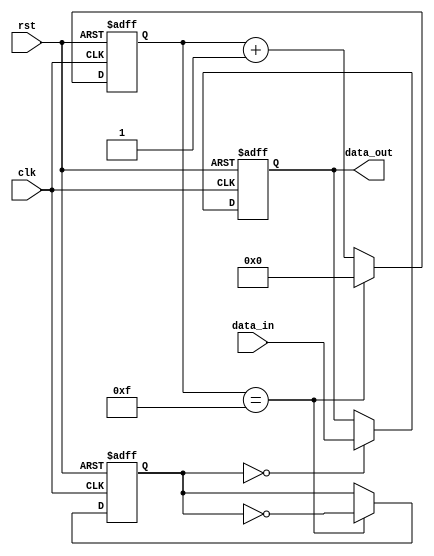
module bus_controller (
    input wire clk,
    input wire rst,
    input wire data_in,
    output reg data_out
);

reg [3:0] count;
reg [1:0] sync_signal;

always @ (posedge clk or posedge rst) begin
    if (rst) begin
        count <= 4'b0000;
        sync_signal <= 2'b00;
    end else begin
        count <= count + 1;
        if (count == 4'b1111) begin
            sync_signal <= ~sync_signal;
            count <= 4'b0000;
        end
    end
end

always @ (posedge clk or posedge rst) begin
    if (rst) begin
        data_out <= 1'b0;
    end else begin
        if (sync_signal == 2'b00) begin
            data_out <= data_in;
        end
    end
end

endmodule